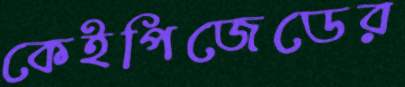
কেইপিজেডের